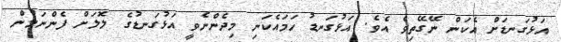
އަޅުގަނޑަށް އެކަން ނޭގޭތިވެ އެވެ. އަޅުގަނޑު ހަމައެކަނި މިދެންނެވީ އަޅުގަނޑުގެ ލޮލަށް ފެންނަމުން